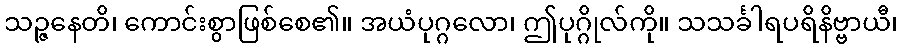
သဉ္ဇနေတိ၊ ကောင်းစွာဖြစ်စေ၏။ အယံပုဂ္ဂလော၊ ဤပုဂ္ဂိုလ်ကို။ သသင်္ခါရပရိနိဗ္ဗာယီ၊